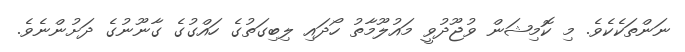
ނަންތަކެކެވެ. މި ކޮމިޝަން ވުޖޫދުވީ މައުލޫމާތު ހޯދައި ލިބިގަތުގެ ހައްގުގެ ގާނޫނުގެ ދަށުންނެވެ.